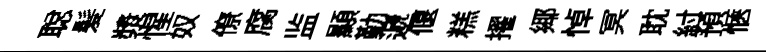
聪髪漿惺奴僚腐监顯勤遞偃糕擢鄊悼冥耽紂預愜